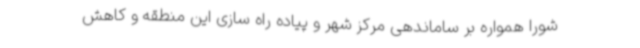
شورا همواره بر ساماندهی مرکز شهر و پیاده راه سازی این منطقه و کاهش